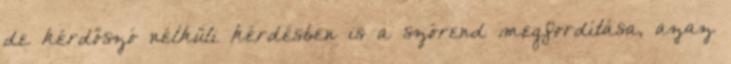
de kérdőszó nélküli kérdésben is a szórend megfordítása, azaz